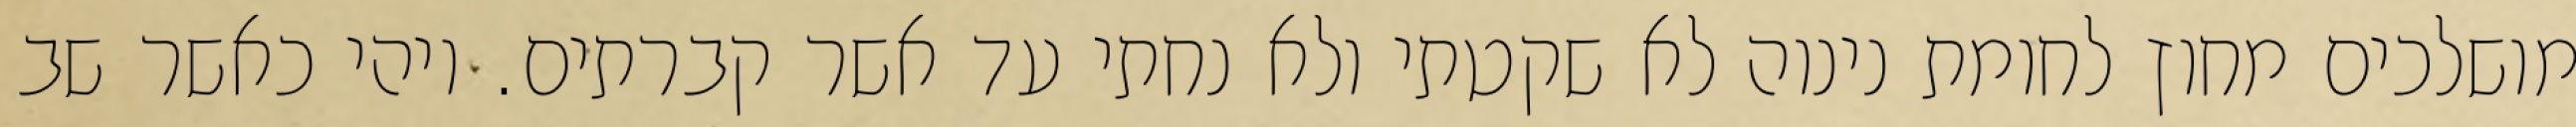
מושלכים מחוץ לחומת נינוה לא שקטתי ולא נחתי עד אשר קברתים. ויהי כאשר שב